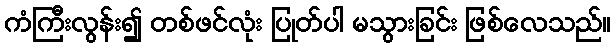
ကံကြီးလွန်း၍ တစ်ဖင်လုံး ပြုတ်ပါ မသွားခြင်း ဖြစ်လေသည်။